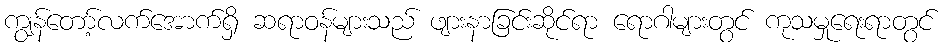
ကျွန်တော့်လက်အောက်ရှိ ဆရာဝန်များသည် ဖျားနာခြင်းဆိုင်ရာ ရောဂါများတွင် ကုသမှုရေးရာတွင်